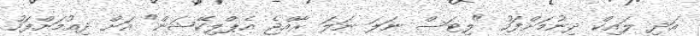
އަދި ލައިކް ދިނުމަށްފަހު "ލިޓަސް ނަލަ ނަލަ ރާއްޖެ އެޕްލިކޭޝަން" އަށް ދިއުމަށްފަހު